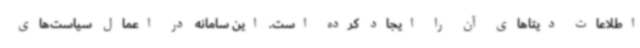
اطلاعات دیتاهای آن را ایجاد کرده‌ است. این سامانه در اعمال سیاست‌های